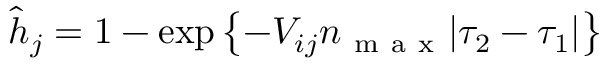
\begin{array} { r } { \hat { h } _ { j } = 1 - \exp \left\{ - V _ { i j } n _ { \mathrm { ~ m ~ a ~ x ~ } } | \tau _ { 2 } - \tau _ { 1 } | \right\} } \end{array}